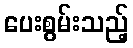
ပေးစွမ်းသည့်